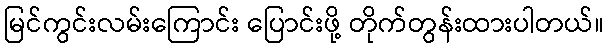
မြင်ကွင်းလမ်းကြောင်း ပြောင်းဖို့ တိုက်တွန်းထားပါတယ်။